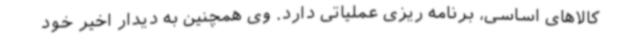
کالاهای اساسی، برنامه ریزی عملیاتی دارد. وی همچنین به دیدار اخیر خود